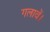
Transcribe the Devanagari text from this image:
गलावें।